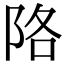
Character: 䧄